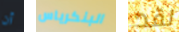
أن البنكرياس لقد